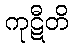
ကုဋီတိ